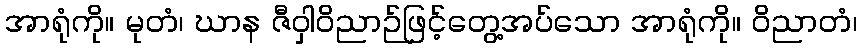
အာရုံကို။ မုတံ၊ ဃာန ဇီဝှါဝိညာဉ်ဖြင့်တွေ့အပ်သော အာရုံကို။ ဝိညာတံ၊